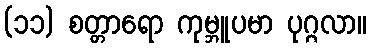
(၁၁) စတ္တာရော ကုမ္ဘူပမာ ပုဂ္ဂလာ။